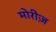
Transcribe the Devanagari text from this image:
मोरीज़